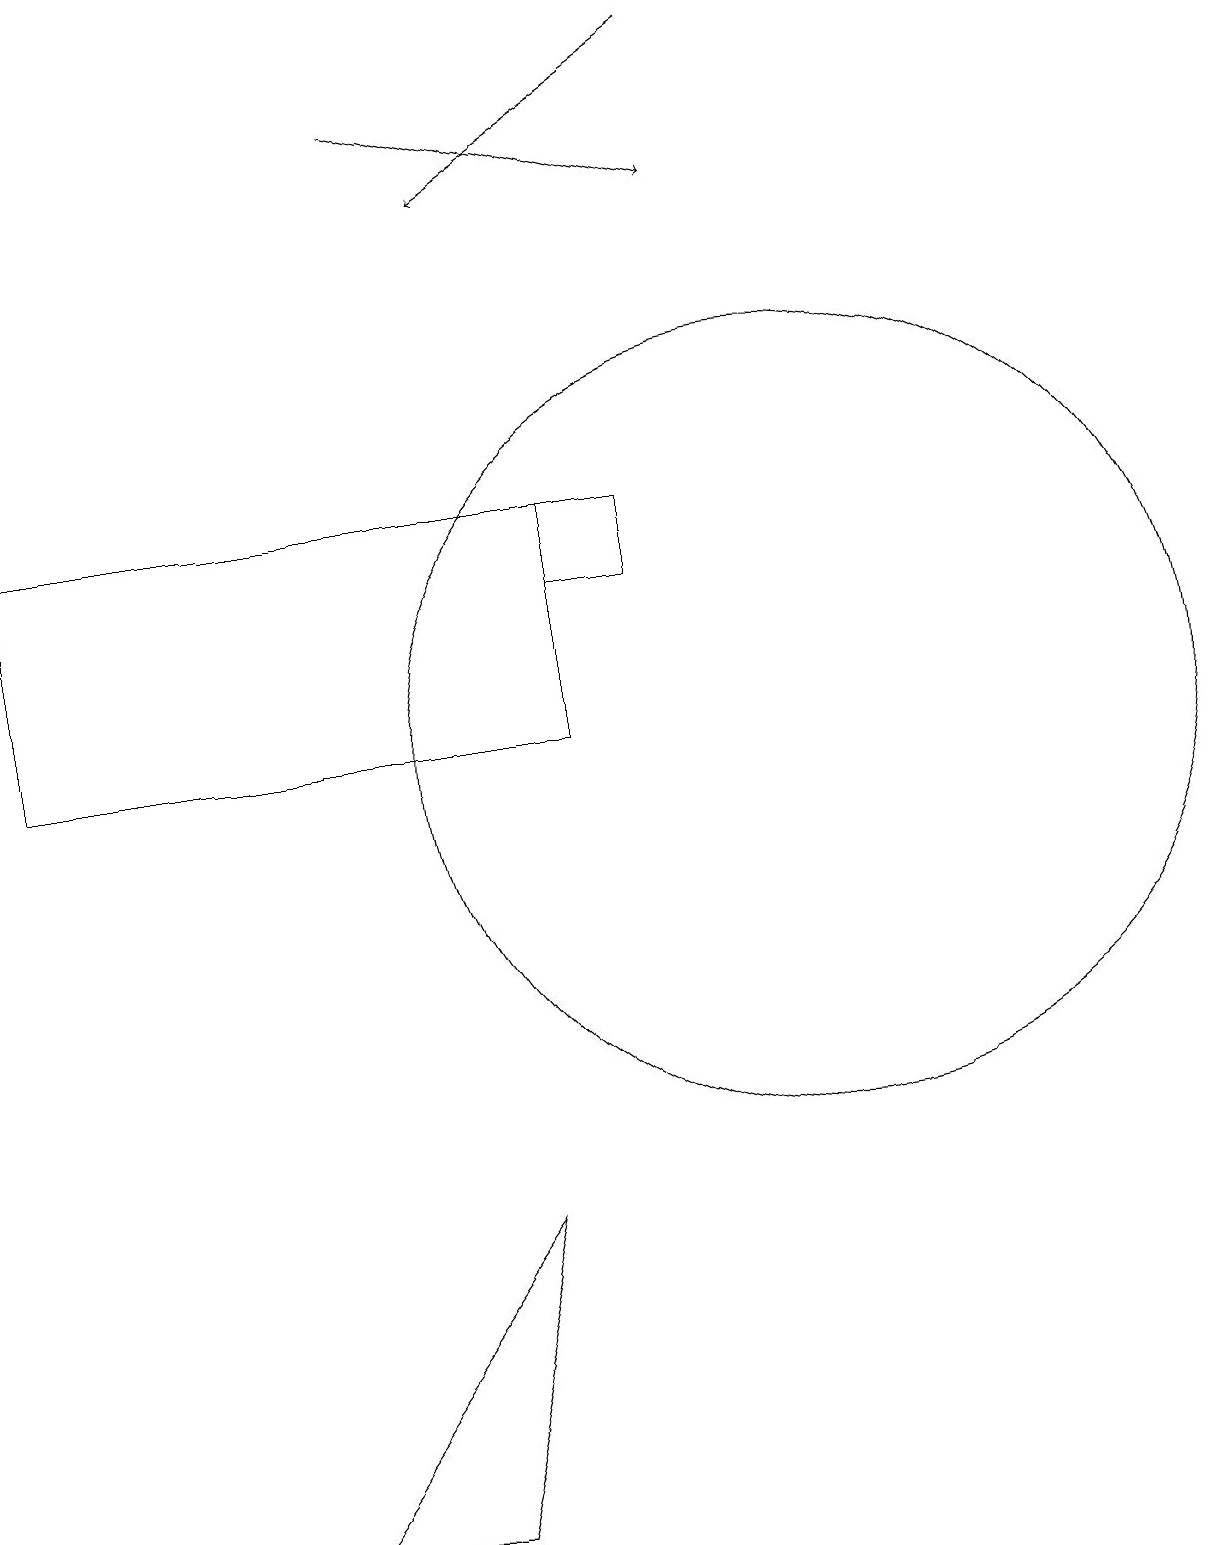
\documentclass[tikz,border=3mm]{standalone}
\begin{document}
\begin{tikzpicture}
\draw (7,10) rectangle (0,13);
\draw (10,10) circle (5);
\draw (6,4) -- (5,0) -- (3,0) -- cycle;
\draw[->] (9,19) -- (6,17);
\draw[->] (5,18) -- (9,17);
\draw (8,12) rectangle (7,13);
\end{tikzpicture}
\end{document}